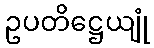
ဥပတိဋ္ဌေယျုံ